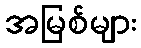
အမြစ်များ